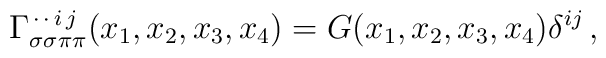
\Gamma^{\,\cdot\,\cdot\,i\,j}_{\sigma\sigma\pi\pi}(x_1,x_2,x_3,x_4) = G(x_1,x_2,x_3,x_4)\delta^{ij}\,,